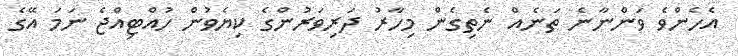
އެހެންވެ ވަންނާނެ ތަނެއް ނެތިގެން މިހާރު ދަރިވަރުންގެ ކިޔެވުން ހުއްޓިއްޖެ ނަމަ އޭގެ